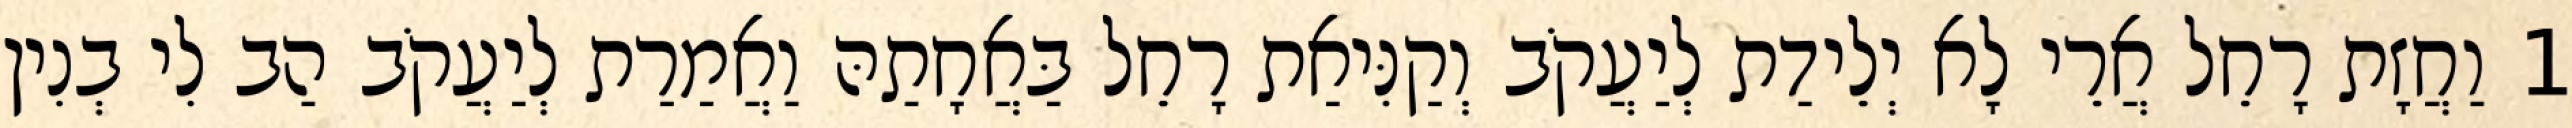
1 וַחֲזָת רָחֵל אֲרֵי לָא יְלֵידַת לְיַעֲקֹב וְקַנִּיאַת רָחֵל בַּאֲחָתַהּ וַאֲמַרַת לְיַעֲקֹב הַב לִי בְנִין